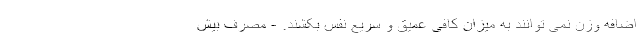
اضافه وزن نمی توانند به میزان کافی عمیق و سریع نفس بکشند. - مصرف بیش